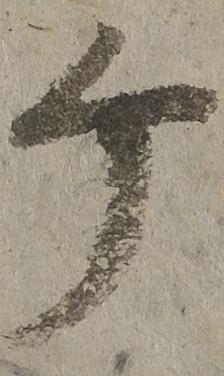
个